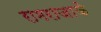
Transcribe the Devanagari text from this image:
रामराजाके